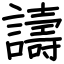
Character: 譸